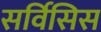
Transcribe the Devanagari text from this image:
सर्विसिस